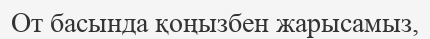
От басында қоңызбен жарысамыз,